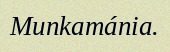
Munkamánia.